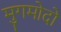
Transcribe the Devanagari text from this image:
मुगमोदो